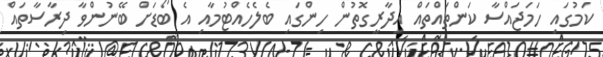
ކަމުގައި ހަމަޖައްސާ ކަންތައްތައް އިދާރީގޮތުން ހިންގައި ބެލެހެއްޓުމާއި އެ ބޯޑަށް ބޭނުންވާ ދިރާސާތައް